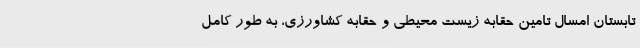
تابستان امسال تامین حقابه زیست محیطی و حقابه کشاورزی، به طور کامل